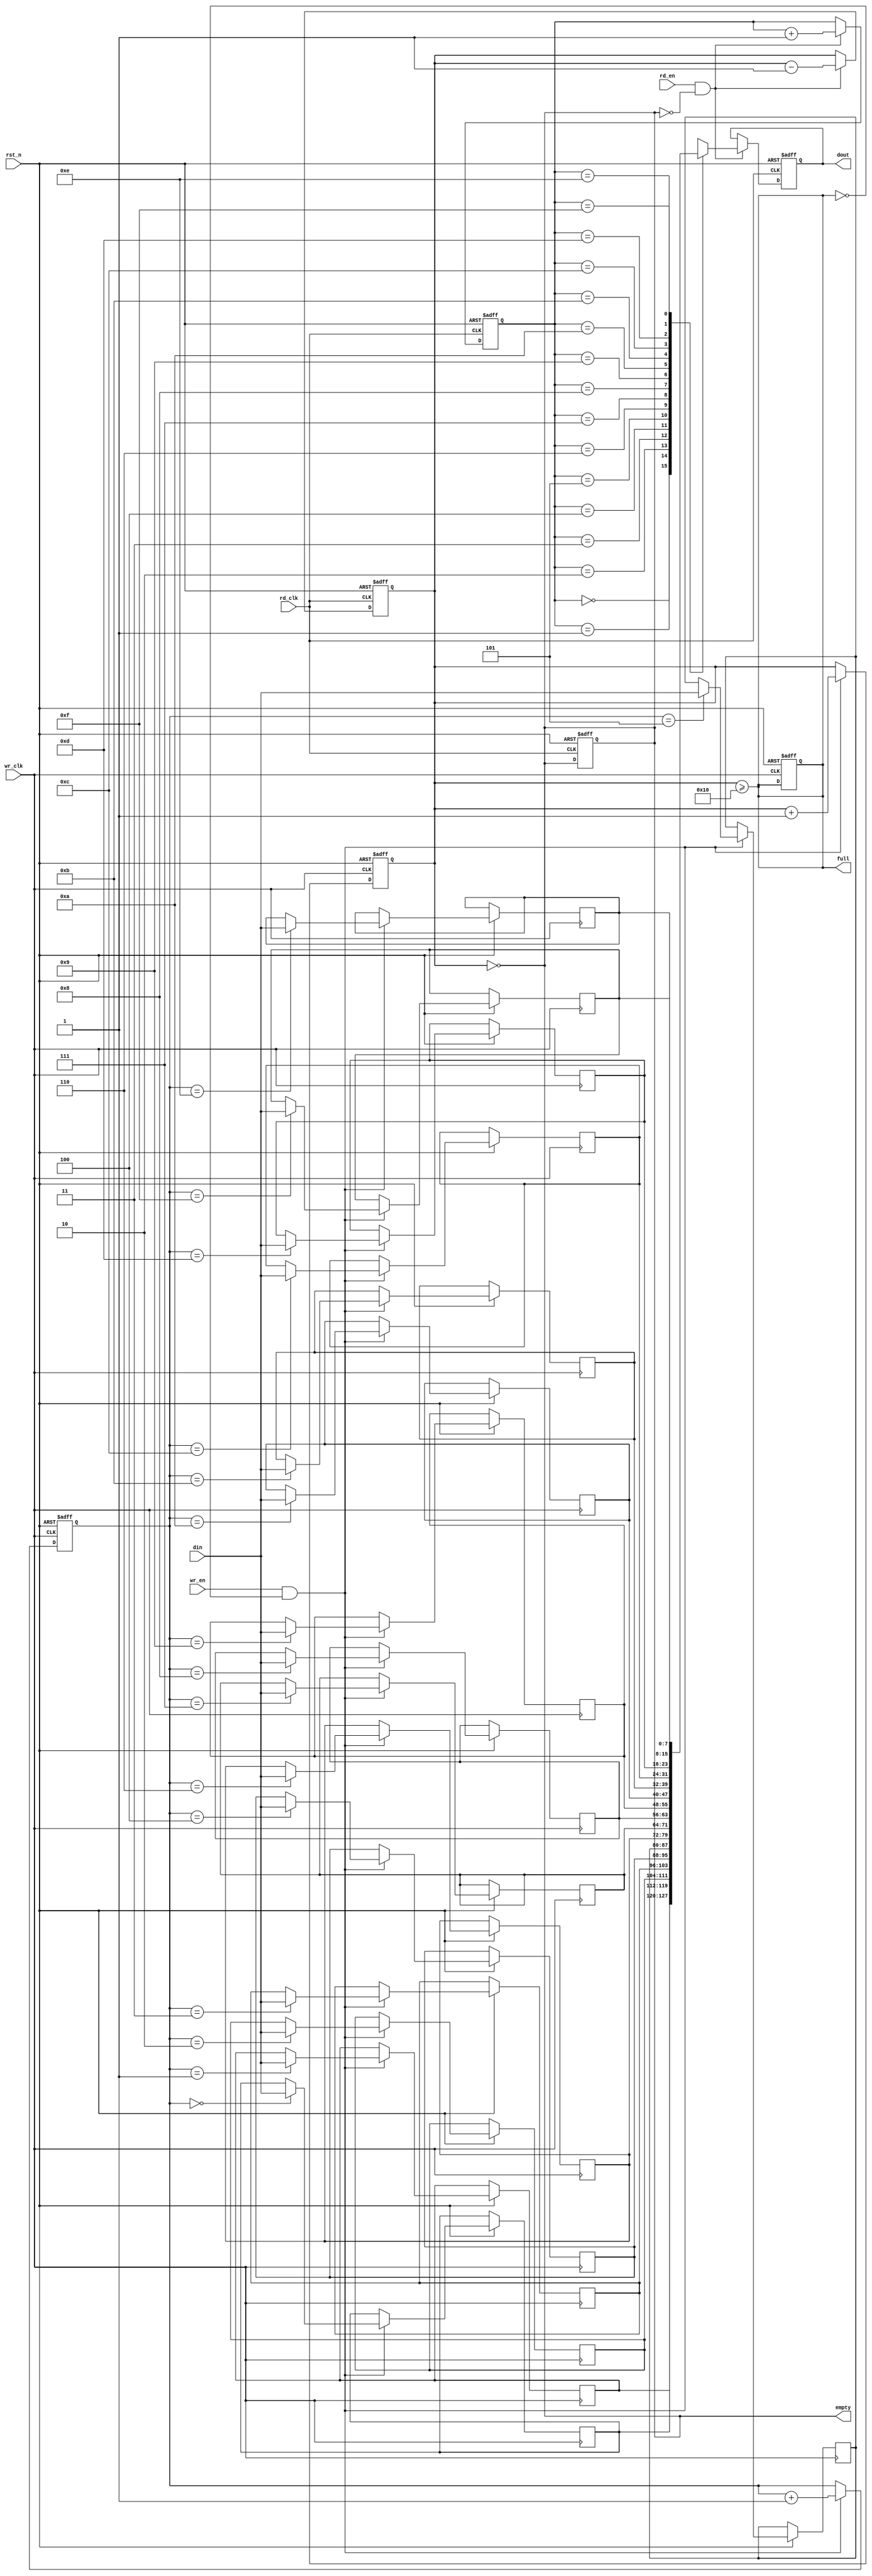
module async_fifo #(
    parameter DATA_WIDTH = 8,  // Width of each data entry
    parameter FIFO_DEPTH = 16   // Depth of the FIFO (must be a power of 2)
)(
    input wire wr_clk,           // Write clock
    input wire rd_clk,           // Read clock
    input wire rst_n,            // Asynchronous reset (active low)
    input wire wr_en,            // Write enable
    input wire rd_en,            // Read enable
    input wire [DATA_WIDTH-1:0] din, // Data input
    output reg [DATA_WIDTH-1:0] dout, // Data output
    output reg full,             // Full flag
    output reg empty             // Empty flag
);

    // Internal parameters
    localparam ADDR_WIDTH = $clog2(FIFO_DEPTH); // Address width for FIFO depth

    // Memory array for FIFO
    reg [DATA_WIDTH-1:0] fifo_mem [0:FIFO_DEPTH-1];

    // Write and Read pointers
    reg [ADDR_WIDTH-1:0] wr_ptr;
    reg [ADDR_WIDTH-1:0] rd_ptr;

    // Number of elements in FIFO
    reg [ADDR_WIDTH:0] fifo_count;

    // Asynchronous reset
    always @(posedge wr_clk or negedge rst_n) begin
        if (!rst_n) begin
            wr_ptr <= 0;
            fifo_count <= 0;
            full <= 0;
        end else if (wr_en && !full) begin
            fifo_mem[wr_ptr] <= din; // Write data
            wr_ptr <= wr_ptr + 1;
            fifo_count <= fifo_count + 1;
        end
    end

    always @(posedge rd_clk or negedge rst_n) begin
        if (!rst_n) begin
            rd_ptr <= 0;
            dout <= 0;
            fifo_count <= 0;
            empty <= 1;
        end else if (rd_en && !empty) begin
            dout <= fifo_mem[rd_ptr]; // Read data
            rd_ptr <= rd_ptr + 1;
            fifo_count <= fifo_count - 1;
        end
    end

    // Update full and empty flags
    always @(*) begin
        full = (fifo_count >= FIFO_DEPTH);
        empty = (fifo_count == 0);
    end

endmodule